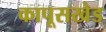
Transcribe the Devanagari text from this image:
कापूसखेड